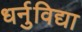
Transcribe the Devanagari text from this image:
धर्नुविद्या